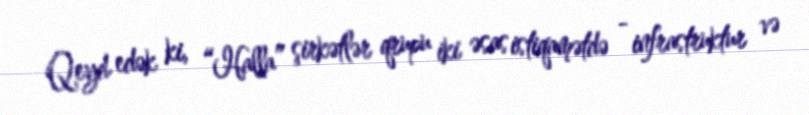
Qeyd edək ki, “Halla” şirkətlər qrupu iki əsas istiqamətdə - infrastruktur və